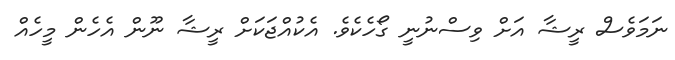
ނަމަވެސް ރީޝާ އަށް ވިސްނުނީ ގޯހެކެވެ. އެކުއްޖަކަށް ރީޝާ ނޫން އެހެން މީހެއް